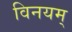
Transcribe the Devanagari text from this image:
विनयम्